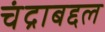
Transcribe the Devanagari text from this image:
चंद्राबद्दल